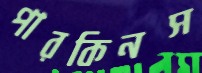
পারকিনস